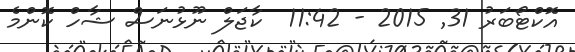
އޮކްޓޯބަރު 31